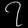
Digit: ၇